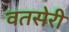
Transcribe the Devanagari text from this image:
वतसेरी